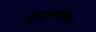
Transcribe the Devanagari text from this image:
तुळुभाषिक